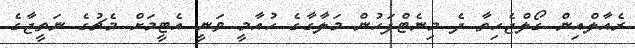
ރެއާލްއިން ގޯލްޖެހިތާ ދެ މިނެޓްފަހުން މަލާގާގެ ހުއާމީ ވަނީ އެޓީމަށް މެޗުގެ ނަތީޖާގެ